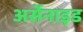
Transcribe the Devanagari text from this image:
अर्सेनाइड